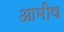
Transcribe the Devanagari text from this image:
आमीष